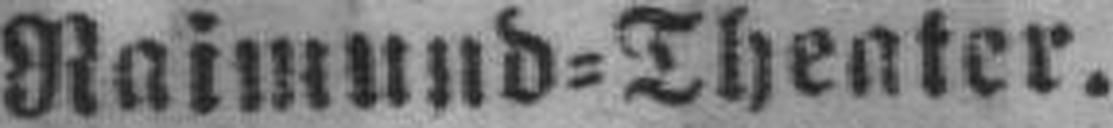
Raimund=Theater.